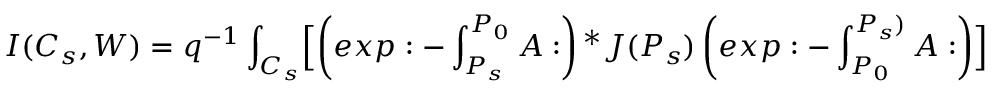
I ( C _ { s } , W ) = q ^ { - 1 } \int _ { C _ { s } } \Bigl [ \left( e x p : - \int _ { P _ { s } } ^ { P _ { 0 } } A : \right) { ^ * J } ( P _ { s } ) \left( e x p : - \int _ { P _ { 0 } } ^ { P _ { s } ) } A : \right) \Bigr ]